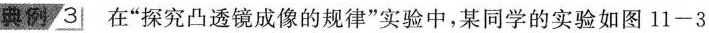
典例3 在”探究凸透镜成像的规律”实验中，某同学的实验如图11-3